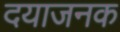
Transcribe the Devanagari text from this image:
दयाजनक